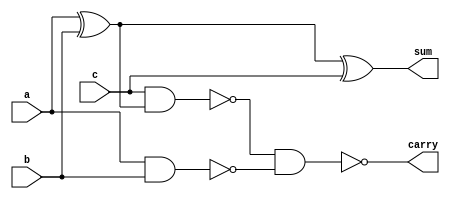
`timescale 1ns / 1ps
//////////////////////////////////////////////////////////////////////////////////
// Company: 
// Engineer: 
// 
// Design Name: 
// Module Name:    test43 
// Project Name: 
// Target Devices: 
// Tool versions: 
// Description: 
//
// Dependencies: 
//
// Revision: 
// Revision 0.01 - File Created
// Additional Comments: 
//
//////////////////////////////////////////////////////////////////////////////////
module test43(
    input a,
    input b,
    input c,
    output sum,
    output carry
    );
wire a1,a2,a3;
xor(a1,a,b);
nand(a2,a,b);
xor(sum,a1,c);
nand(a3,c,a1);
nand(carry,a3,a2);

endmodule